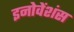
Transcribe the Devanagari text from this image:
इनोवेंशंस